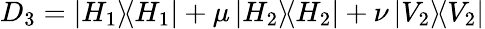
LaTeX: D_{3}=\left|{H_{1}}\rangle\! \langle{H_{1}}\right|+\mu\left|{H_{2}}\rangle\! \langle{H_{2}}\right|+\nu\left|{V_{2}}\rangle\! \langle{V_{2}}\right|